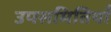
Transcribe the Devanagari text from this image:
उपसमितियाँ